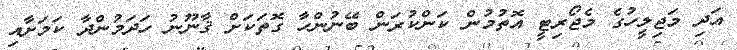
އަދި މަޖިލީހުގެ މެޖޯރިޓީ އޮތުމުން ކަންކުރަން ބޭނުންހާ ގޮތަކަށް ޤާނޫނު ހަދަމުންދާ ކަމަށާއި